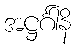
အဋ္ဌင်္ဂါနိ